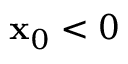
\mathbf { x } _ { 0 } < 0